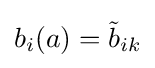
b_{i}(a)={\tilde {b}}_{ik}